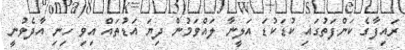
ރައިފާގެ ކަންފަތުގައި ކުޑަކުޑަ އަލީނާ ލައްވަމުން ދިޔަ އަޑުތައް އިވި ހިނި އާދެވުނީ